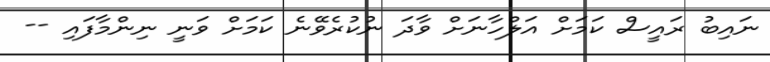
ނައިބު ރައީސް ކަމަށް އަލްހާނަށް ވާދަ ނުކުރެވޭނެ ކަމަށް ވަނީ ނިންމާފައި --